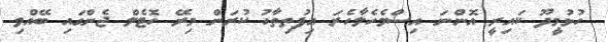
ހުޅުމީދޫ ކައިރީ އޮންނަ އިސްމެހެލާހެރަ އިފުތިތާހު ކުރަން މިރޭ ހޮޓެލް ޖެންގައި ބޭއްވި